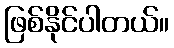
ဖြစ်နိုင်ပါတယ်။